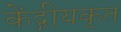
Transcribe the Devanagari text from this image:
केंद्गीयकृत